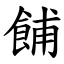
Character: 餔